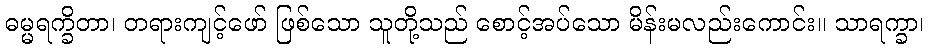
ဓမ္မရက္ခိတာ၊ တရားကျင့်ဖော် ဖြစ်သော သူတို့သည် စောင့်အပ်သော မိန်းမလည်းကောင်း။ သာရက္ခာ၊